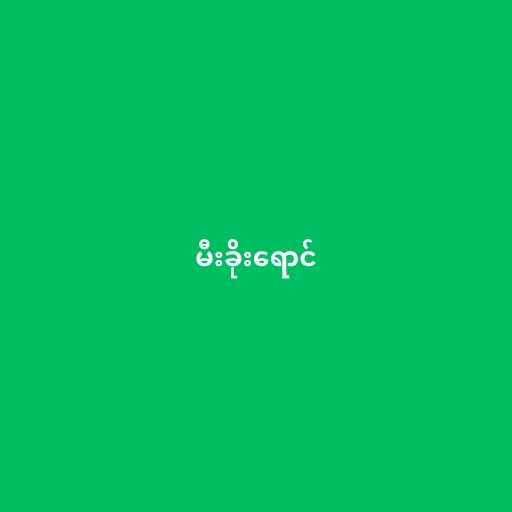
မီးခိုးရောင်